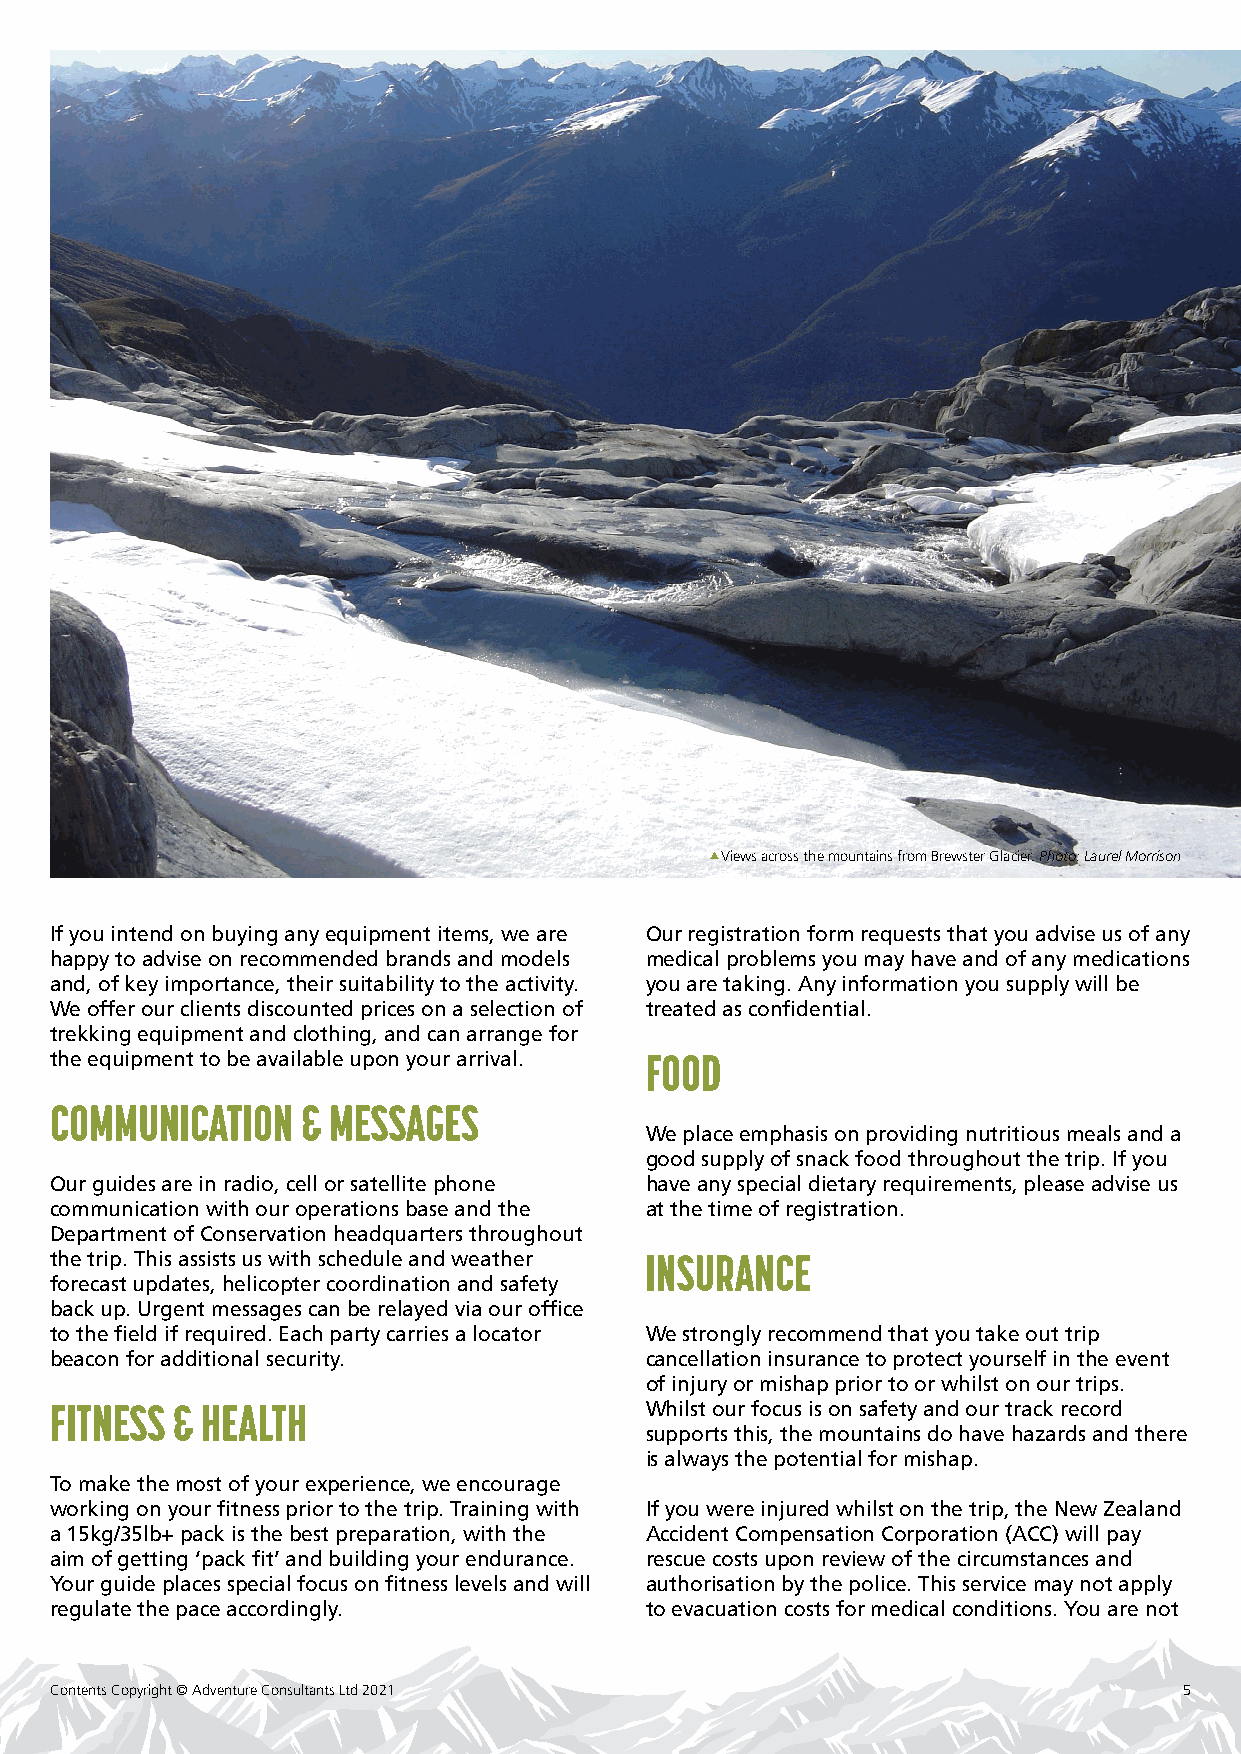
Views across the mountains from Brewster Glacier. Photo: Laurel Morrison
 If you intend on buying any equipment items, we are Our registration form requests that you advise us of any
 happy to advise on recommended brands and models medical problems you may have and of any medications
 and, of key importance, their suitability to the activity. you are taking. Any information you supply will be
 We offer our clients discounted prices on a selection of treated as confidential.
 trekking equipment and clothing, and can arrange for
 the equipment to be available upon your arrival. FOOD
 COMMUNICATION    & MESSAGES
 We place emphasis on providing nutritious meals and a
 good supply of snack food throughout the trip. If you
 Our guides are in radio, cell or satellite phone have any special dietary requirements, please advise us
 communication with our operations base and the at the time of registration.
 Department of Conservation headquarters throughout
 the trip. This assists us with schedule and weather INSURANCE
 forecast updates, helicopter coordination and safety
 back up. Urgent messages can be relayed via our office
 to the field if required. Each party carries a locator We strongly recommend that you take out trip
 beacon for additional security.         cancellation insurance to protect yourself in the event
 of injury or mishap prior to or whilst on our trips.
 FITNESS & HEALTH                        Whilst our focus is on safety and our track record
 supports this, the mountains do have hazards and there
 is always the potential for mishap.
 To make the most of your experience, we encourage
 working on your fitness prior to the trip. Training with If you were injured whilst on the trip, the New Zealand
 a 15kg/35lb+ pack is the best preparation, with the Accident Compensation Corporation (ACC) will pay
 aim of getting ‘pack fit’ and building your endurance. rescue costs upon review of the circumstances and
 Your guide places special focus on fitness levels and will authorisation by the police. This service may not apply
 regulate the pace accordingly.          to evacuation costs for medical conditions. You are not
 Contents Copyright © Adventure Consultants Ltd 2021                        5